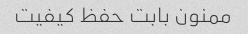
ممنون بابت حفظ کیفیت